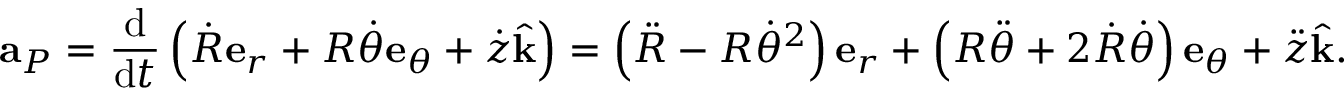
\mathbf { a } _ { P } = { \frac { \mathrm { d } } { { \mathrm { d } } t } } \left( { \dot { R } } \mathbf { e } _ { r } + R { \dot { \theta } } \mathbf { e } _ { \theta } + { \dot { z } } { \hat { \mathbf { k } } } \right) = \left( { \ddot { R } } - R { \dot { \theta } } ^ { 2 } \right) \mathbf { e } _ { r } + \left( R { \ddot { \theta } } + 2 { \dot { R } } { \dot { \theta } } \right) \mathbf { e } _ { \theta } + { \ddot { z } } { \hat { \mathbf { k } } } .